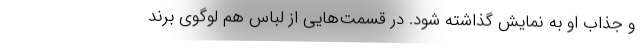
و جذاب او به نمایش گذاشته شود. در قسمت‌هایی از لباس هم لوگوی برند